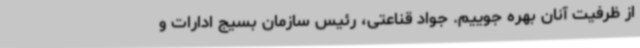
از ظرفیت آنان بهره جوییم. جواد قناعتی، رئیس سازمان بسیج ادارات و